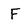
Character: F